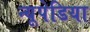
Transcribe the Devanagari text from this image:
न्यूपेडिया